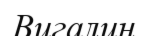
Вигалин